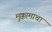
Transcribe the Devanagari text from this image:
मुक्कामाचा